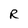
Character: R